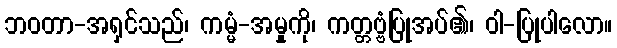
ဘဝတာ-အရှင်သည်၊ ကမ္မံ-အမှုကို၊ ကတ္တဗ္ဗံပြုအပ်၏၊ ဝါ-ပြုပါလော။